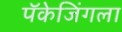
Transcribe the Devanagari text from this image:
पॅकेजिंगला